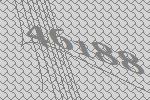
46188